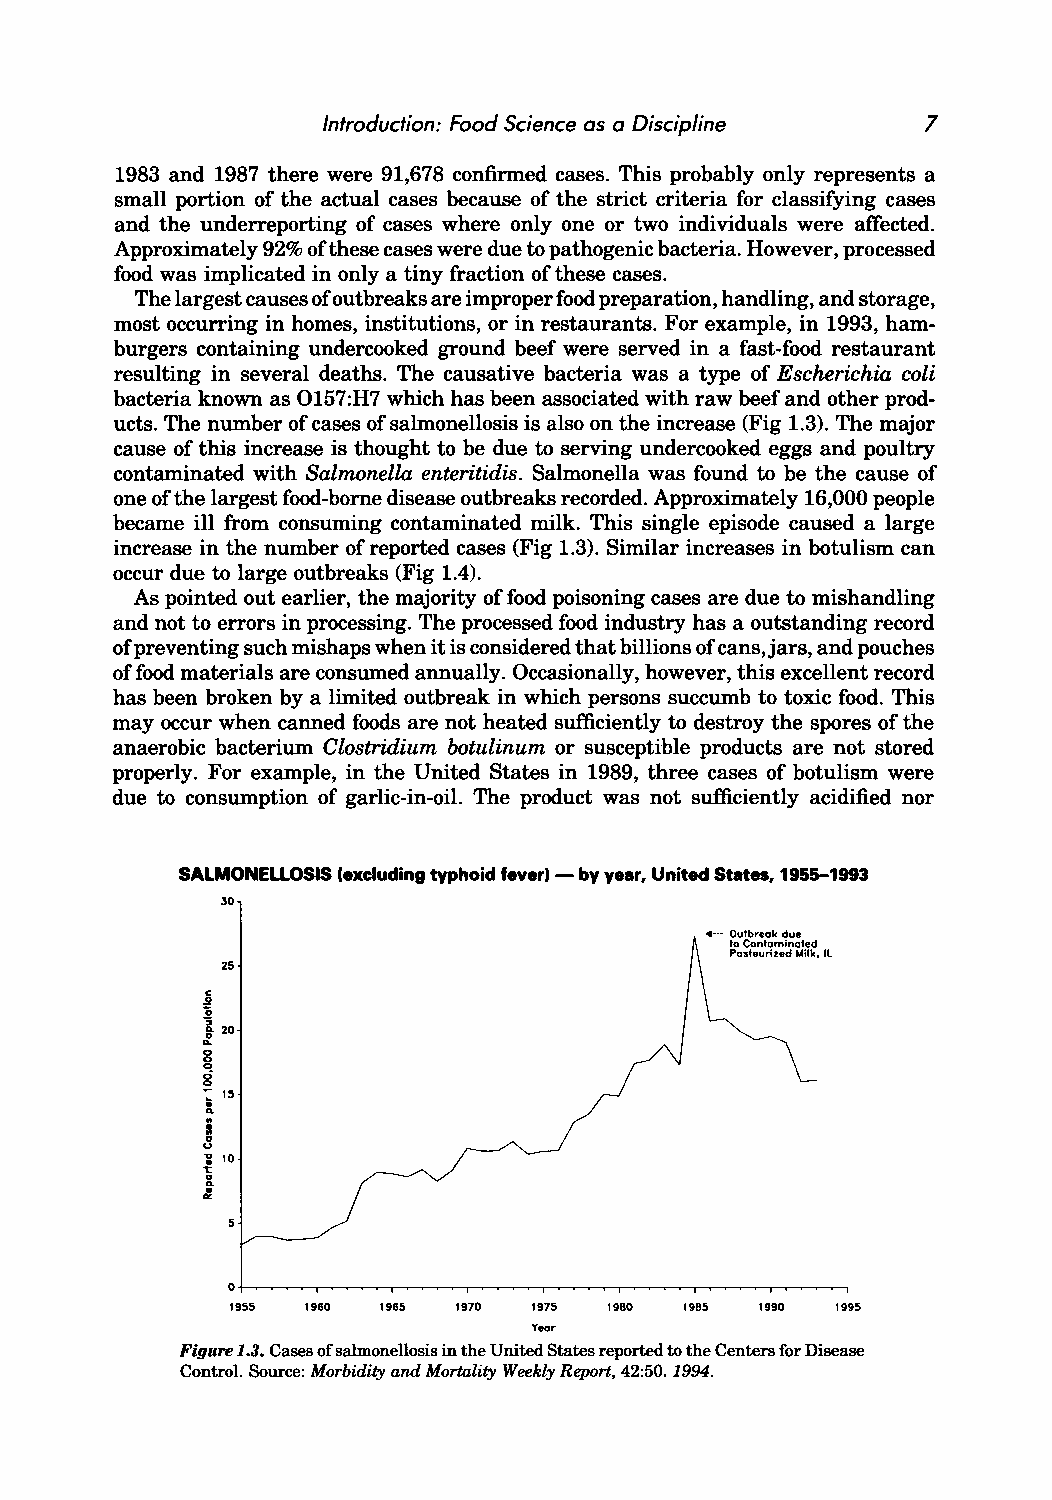
Introduction: Food Science as a Discipline 7
 1983 and 1987 there were 91,678 confinned cases. This probably only represents a
 small portion of the actual cases because of the strict criteria for classifying cases
 and the underreporting of cases where only one or two individuals were affected.
 Approximately 92% ofthese cases were due to pathogenic bacteria. However, processed
 food was implicated in only a tiny fraction of these cases.
 The largest causes ofo utbreaks are improper food preparation, handling, and storage,
 most occurring in homes, institutions, or in restaurants. For example, in 1993, ham
 burgers containing undercooked ground beef were served in a fast-food restaurant
 resulting in several deaths. The causative bacteria was a type of Escherichia coli
 bacteria known as 0157:H7 which has been associated with raw beef and other prod
 ucts. The number of cases of salmonellosis is also on the increase (Fig 1.3). The major
 cause of this increase is thought to be due to serving undercooked eggs and poultry
 contaminated with Salmonella enteritidis. Salmonella was found to be the cause of
 one of the largest food-borne disease outbreaks recorded. Approximately 16,000 people
 became ill from consuming contaminated milk. This single episode caused a large
 increase in the number of reported cases (Fig 1.3). Similar increases in botulism can
 occur due to large outbreaks (Fig 1.4).
 As pointed out earlier, the majority of food poisoning cases are due to mishandling
 and not to errors in processing. The processed food industry has a outstanding record
 of preventing such mishaps when it is considered that billions of cans,jars, and pouches
 of food materials are consumed annually. Occasionally, however, this excellent record
 has been broken by a limited outbreak in which persons succumb to toxic food. This
 may occur when canned foods are not heated sufficiently to destroy the spores of the
 anaerobic bacterium Clostridium botulinum or susceptible products are not stored
 properly. For example, in the United States in 1989, three cases of botulism were
 due to consumption of garlic-in-oil. The product was not sufficiently acidified nor
 SALMONELLOSIS (excluding typhoid fever) - by year, United States, 1955-1993
 30
 4-Outbreak due
 to Contaminated
 Pasteurized Milk, IL
 25
 ~
 1
 :. 20
 o
 g
 g
 -l.. 15
 §
 1 10
 1:
 &.
 :.
 o~~~.-~~~~~~~~~~~~-.~~~~~~~~~,
 1955 1960 1965 1970 1975 1980 1985 1990 1995
 Veor
 Figure 1.3. Cases of salmonellosis in the United States reported to the Centers for Disease
 Control. Source: Morbidity and Mortality Weekly Report, 42:50. 1994.